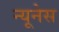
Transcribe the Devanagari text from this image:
न्यूनेस